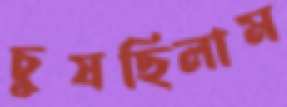
চুষছিলাম